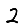
Digit: 2